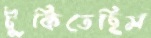
টুকিতেছিস